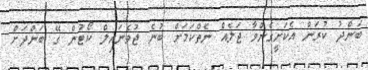
ބަންދު ކުރަން އެކަށީގެންވާ ޖަލެއް ނެތްކަމަށް ބުނެ ޖުވެނައިލް ކޯޓުން ގޭ ބަންދަށް